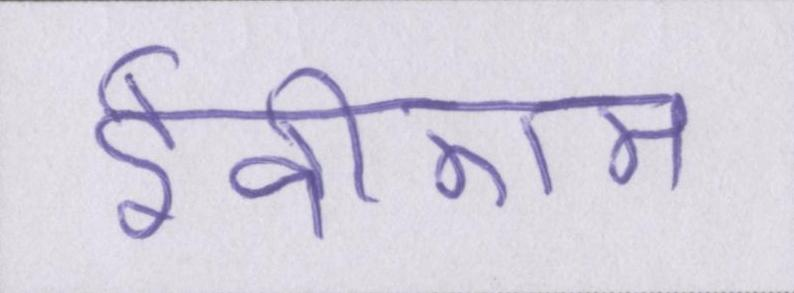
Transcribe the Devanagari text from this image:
ईवीएम